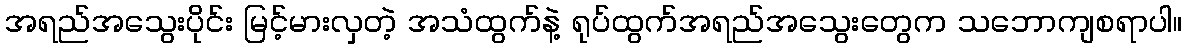
အရည်အသွေးပိုင်း မြင့်မားလှတဲ့ အသံထွက်နဲ့ ရုပ်ထွက်အရည်အသွေးတွေက သဘောကျစရာပါ။